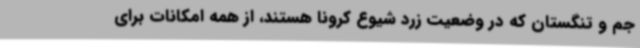
جم و تنگستان که در وضعیت زرد شیوع کرونا هستند، از همه امکانات برای